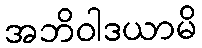
အဘိဝါဒယာမိ